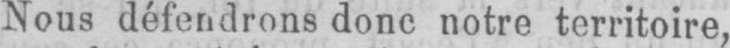
Nous défendrons donc notre territoire,